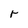
Character: r